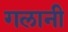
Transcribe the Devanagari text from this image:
गलानी